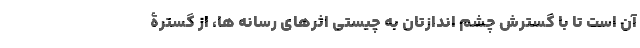
آن است تا با گسترش چشم اندازتان به چیستی اثرهای رسانه ها، از گسترۀ